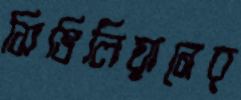
সিভিলিয়ানের